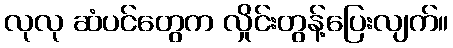
လုလု ဆံပင်တွေက လှိုင်းတွန့်ပြေးလျက်။